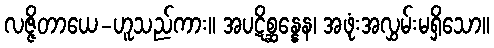
လဇ္ဇိတာယေ-ဟူသည်ကား။ အပဋိစ္ဆန္နေန၊ အဖုံးအလွှမ်းမရှိသော။